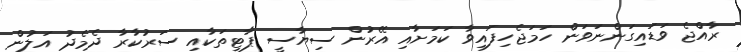
ރާއްޖެ ވަޑައިގަންނަވަން ހަމަޖެހިފައިވާ ކަމަށާއި އޭރުން ސިޔާސީ ޕާޓީތަކާއި ސަރުކާރާ ދެމެދު އަލުން